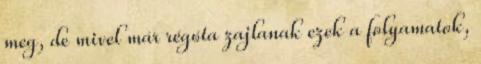
meg, de mivel már régóta zajlanak ezek a folyamatok,